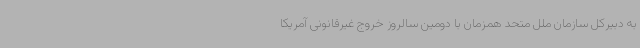
به دبیرکل سازمان ملل متحد همزمان با دومین سالروز خروج غیرقانونی آمریکا